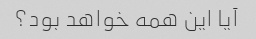
آیا این همه خواهد بود؟